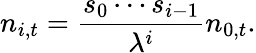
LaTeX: n_{i,t}={\frac{s_{0}\cdots s_{i-1}}{\lambda^{i}}}n_{0,t}.